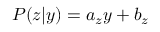
P ( z | y ) = a _ { z } y + b _ { z }